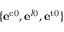
\{ \mathbf { e } ^ { \mathrm { c 0 } } , \mathbf { e } ^ { l \mathrm { 0 } } , \mathbf { e } ^ { \mathrm { t 0 } } \}